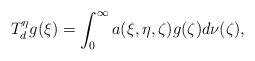
LaTeX: \begin{align*}T_d^\eta g(\xi)=\int_0^\infty a(\xi,\eta,\zeta)g(\zeta)d\nu(\zeta), \end{align*}